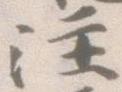
注